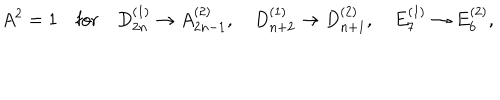
A ^ { 2 } = 1 \quad \mathrm { f o r } \quad D _ { 2 n } ^ { ( 1 ) } \to A _ { 2 n - 1 } ^ { ( 2 ) } , \quad D _ { n + 2 } ^ { ( 1 ) } \to D _ { n + 1 } ^ { ( 2 ) } , \quad E _ { 7 } ^ { ( 1 ) } \to E _ { 6 } ^ { ( 2 ) } ,